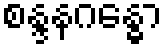
စန္ဒနဂန္ဓော